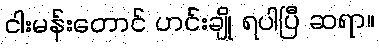
ငါးမန်းတောင် ဟင်းချို ရပါပြီ ဆရာ။